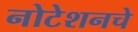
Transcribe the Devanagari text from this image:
नोटेशनचे